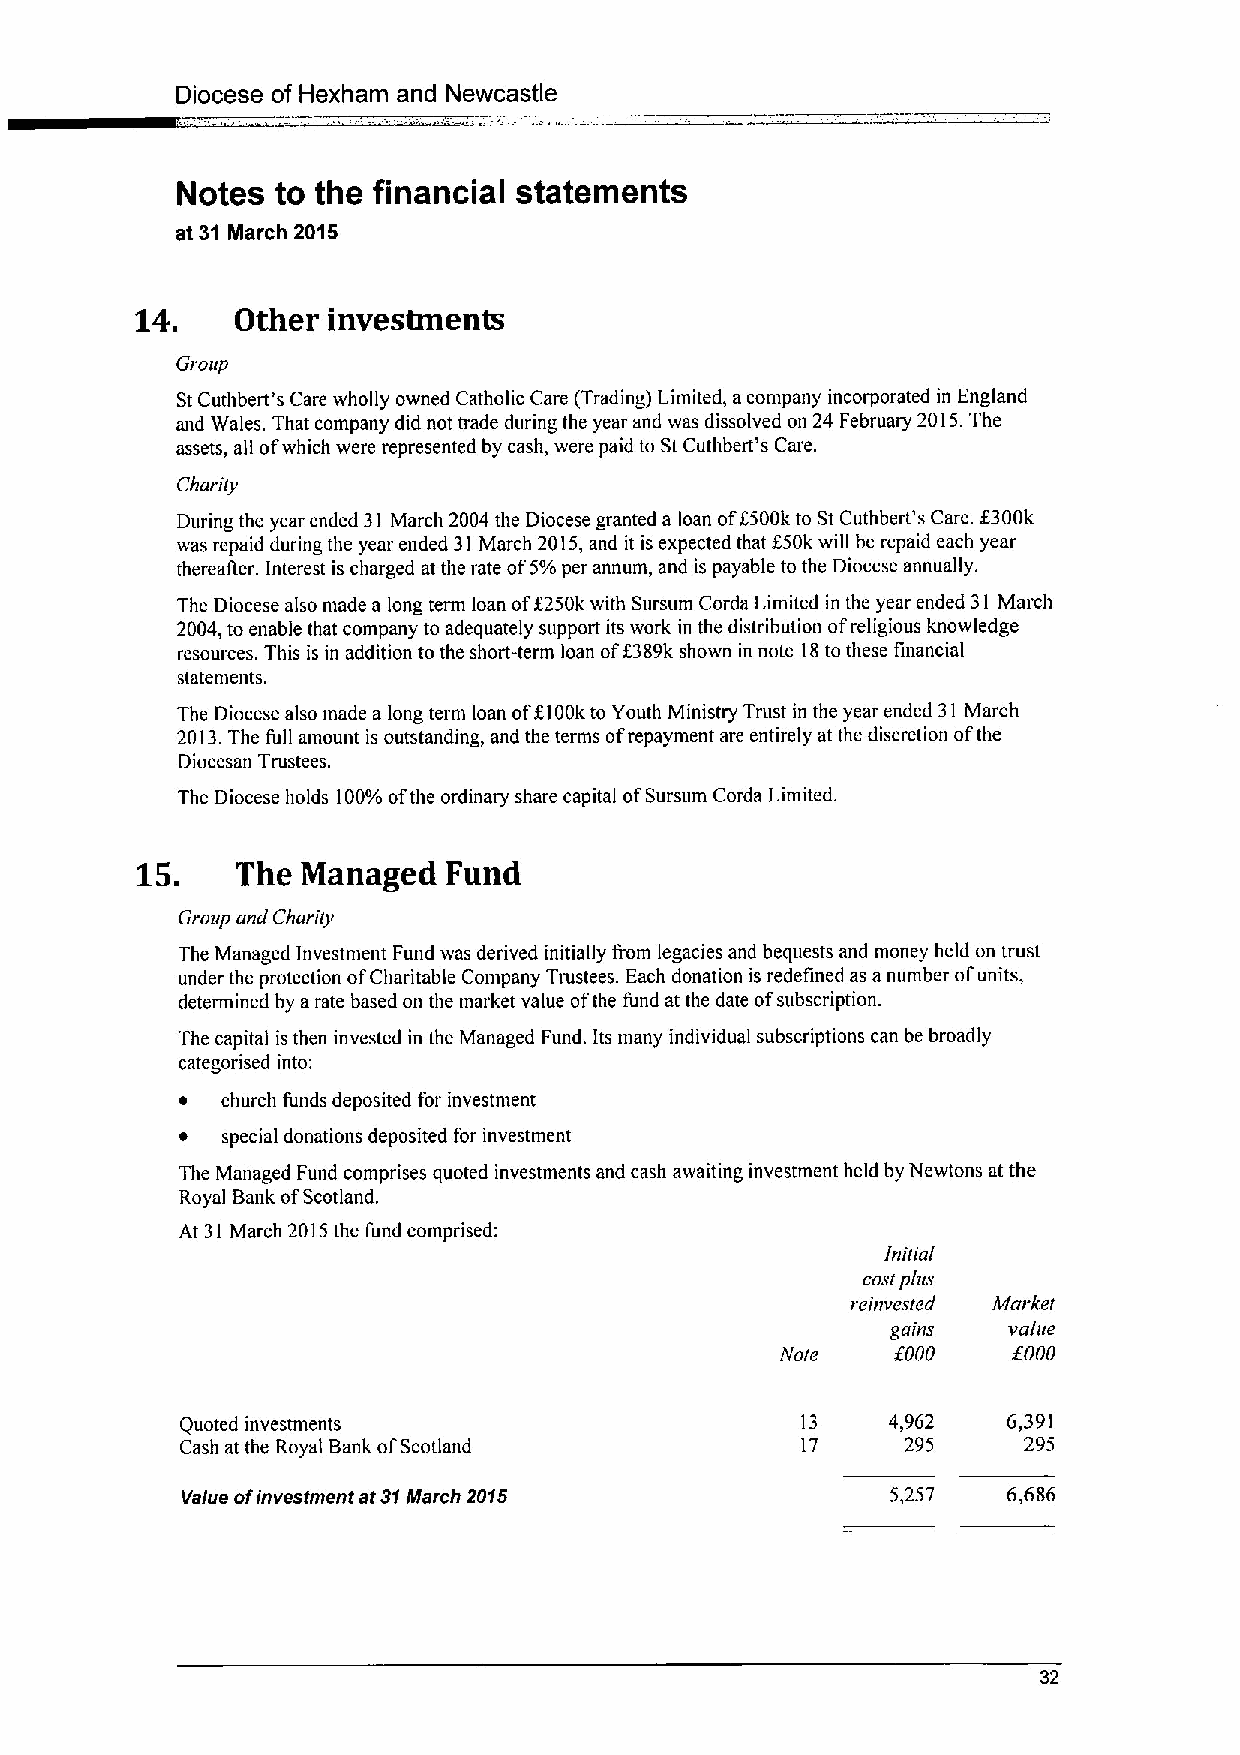
Diocese of Hexham and Newcastle
 Notes to the financial statements
 at 31 March 2015
 14.    Other investments
 Group
 StCuthbert's Care wholly owned Catholic Care (Trading) Limited, acompany incorporated in England
 and Wales. That company did not trade during the year and was dissolved on 24 February 2015.The
 assets, all ofwhich were represented by cash, were paid to StCuthbert's Care.
 Charity
 During the year ended 31 March 2004 the Diocese granted a loan of6500k to St Cuthbert's Care. K300k
 was repaid during the year ended 31 March 2015,and it is expected that $50k will be repaid each year
 thereafter. Interest is charged at the rate of5%per annum, and is payable to the Diocese annually.
 The Diocese also made a long term loan off250k with Sursum Corda Limited in the year ended 31 March
 2004,to enable that company to adequately support its work in the distribution ofreligious knowledge
 resources. This is in addition to the short-term loan off389k shown in note 18to these financial
 statements.
 The Diocese also made a long term loan of5100kto Youth Ministry Trust in the year ended 31 March
 2013.The full amount is outstanding, and the terms ofrepayment are entirely at the discretion ofthe
 Diocesan Trustees.
 The Diocese holds 100%ofthe ordinary share capital ofSursum Corda Limited.
 15.    The Managed   Fund
 Group and Charity
 The Managed Investment Fund was derived initially from legacies and bequests and money held on trust
 under the protection ofCharitable Company Trustees. Each donation is redefined as anumber ofunits,
 determined by arate based on the market value ofthe fund at the date ofsubscription.
 The capital is then invested in the Managed Fund. Its many individual subscriptions can be broadly
 categorised into:
 ~  church funds deposited for investment
 ~  special donations deposited for investment
 The Managed Fund comprises quoted investments and cash awaiting investment held by Newtons at the
 Royal Bank ofScotland.
 At 31 March 2015the fund comprised:
 initial
 costplus
 reinvesied Market
 gains   value
 Note   OOOO    OOOO
 Quoted investments                       13    4,962   6,391
 Cash at the Royal Bank ofScotland        17     295     295
 Value ofinvestment at 31March 2015             5,257   6,686
 32